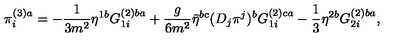
\pi _ { i } ^ { ( 3 ) a } = - \frac { 1 } { 3 m ^ { 2 } } \eta ^ { 1 b } G _ { 1 i } ^ { ( 2 ) b a } + \frac { g } { 6 m ^ { 2 } } \bar { \eta } ^ { b c } ( D _ { j } \pi ^ { j } ) ^ { b } G _ { 1 i } ^ { ( 2 ) c a } - \frac { 1 } { 3 } \eta ^ { 2 b } G _ { 2 i } ^ { ( 2 ) b a } ,